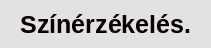
Színérzékelés.